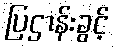
ပြဌာန်းခွင့်